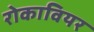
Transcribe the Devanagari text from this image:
रोकावियर